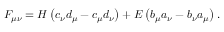
F _ { \mu \nu } = H \left( c _ { \nu } d _ { \mu } - c _ { \mu } d _ { \nu } \right) + E \left( b _ { \mu } a _ { \nu } - b _ { \nu } a _ { \mu } \right) .